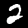
Label: 2